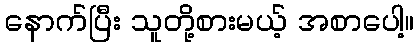
နောက်ပြီး သူတို့စားမယ့် အစာပေါ့။